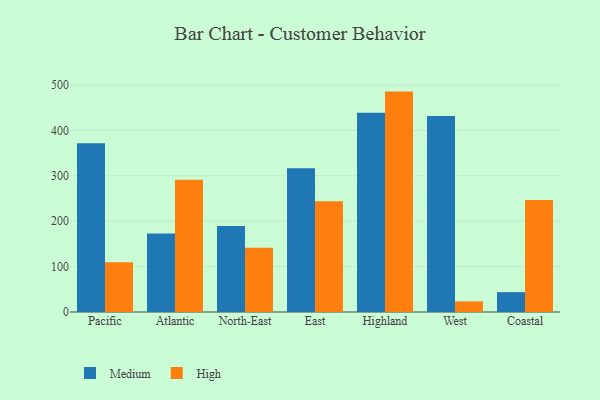
{"axis": {"x": "Region", "y": "Net Income (USD K)"}, "legend": ["High", "Medium"], "data": [{"x": "Pacific", "y": 372.0, "type": "Medium"}, {"x": "Pacific", "y": 109.8, "type": "High"}, {"x": "Atlantic", "y": 172.7, "type": "Medium"}, {"x": "Atlantic", "y": 291.3, "type": "High"}, {"x": "North-East", "y": 189.2, "type": "Medium"}, {"x": "North-East", "y": 141.7, "type": "High"}, {"x": "East", "y": 316.4, "type": "Medium"}, {"x": "East", "y": 243.8, "type": "High"}, {"x": "Highland", "y": 439.1, "type": "Medium"}, {"x": "Highland", "y": 485.5, "type": "High"}, {"x": "West", "y": 431.9, "type": "Medium"}, {"x": "West", "y": 23.4, "type": "High"}, {"x": "Coastal", "y": 43.7, "type": "Medium"}, {"x": "Coastal", "y": 246.9, "type": "High"}]}